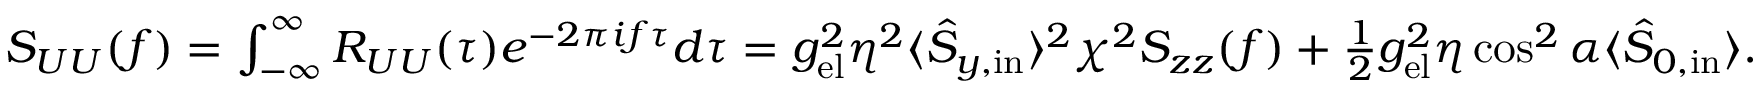
\begin{array} { r } { S _ { U U } ( f ) = \int _ { - \infty } ^ { \infty } R _ { U U } ( \tau ) e ^ { - 2 \pi i f \tau } d \tau = g _ { \mathrm { e l } } ^ { 2 } \eta ^ { 2 } \langle \hat { S } _ { y , \mathrm { i n } } \rangle ^ { 2 } \chi ^ { 2 } S _ { z z } ( f ) + \frac { 1 } { 2 } g _ { \mathrm { e l } } ^ { 2 } \eta \cos ^ { 2 } \alpha \langle \hat { S } _ { 0 , \mathrm { i n } } \rangle . } \end{array}